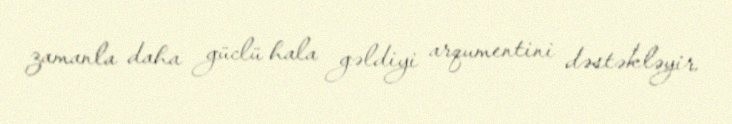
zamanla daha güclü hala gəldiyi arqumentini dəstəkləyir.